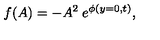
f ( A ) = - A ^ { 2 } \: e ^ { \phi ( y = 0 , t ) } ,